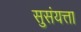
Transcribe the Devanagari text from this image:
सुसंयत्ता